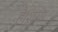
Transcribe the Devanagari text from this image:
है।शरीर